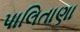
પાલિતાણા